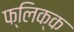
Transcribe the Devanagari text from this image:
फ्लिक्क